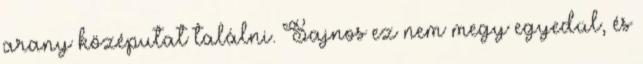
arany középutat találni. Sajnos ez nem megy egyedül, és